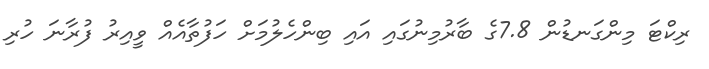
ރިކްޓަ މިންގަނޑުން 7.8ގެ ބާރުމިނުގައި އައި ބިންހެލުމަށް ހަފުތާއެއް ވީއިރު ފުރާނަ ހުރި